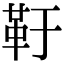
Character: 䩒